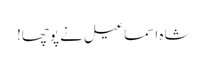
شاہ اسماعیل نے پوچھا!